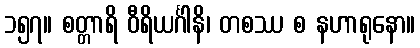
၁၅၇။ စတ္တာရိ ဝီရိယင်္ဂါနိ၊ တစဿ စ နဟာရုနော။